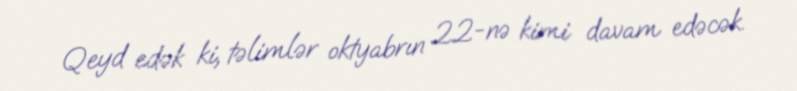
Qeyd edək ki, təlimlər oktyabrın 22-nə kimi davam edəcək.